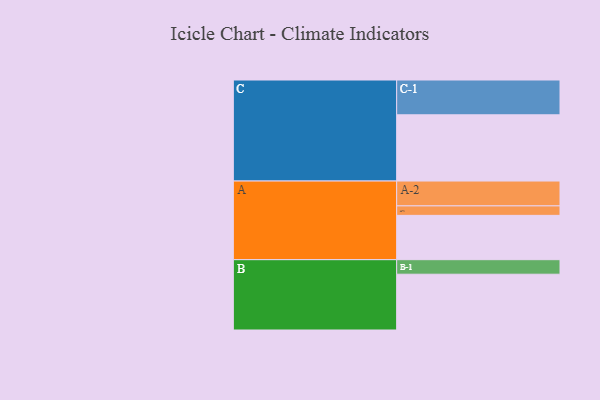
{"axis": {"x": "Segment", "y": "Value"}, "legend": ["", "A", "B", "C"], "data": [{"x": "A", "y": 378, "type": ""}, {"x": "B", "y": 476, "type": ""}, {"x": "C", "y": 565, "type": ""}, {"x": "A-1", "y": 81, "type": "A"}, {"x": "A-2", "y": 212, "type": "A"}, {"x": "B-1", "y": 124, "type": "B"}, {"x": "C-1", "y": 297, "type": "C"}]}